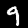
Digit: 9